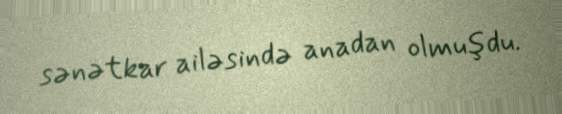
sənətkar ailəsində anadan olmuşdu.